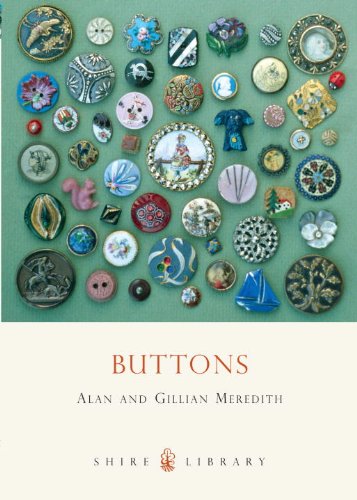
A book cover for Buttons (Shire Library); Alan Meredith; Crafts, Hobbies & Home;